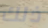
ذلك